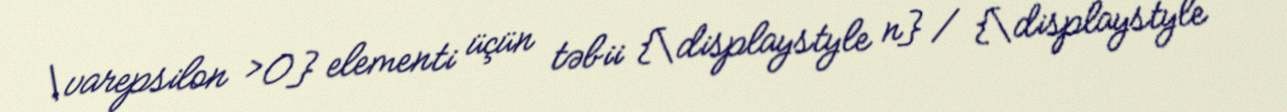
\varepsilon >0} elementi üçün təbii {\displaystyle n} / {\displaystyle